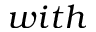
w i t h